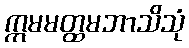
ဣမမတ္ထမဘာသိသုံ